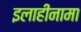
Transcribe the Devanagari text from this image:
इलाहीनामा